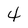
Character: 4